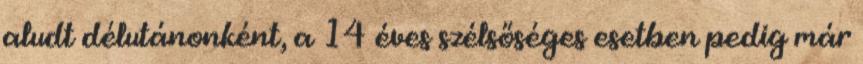
aludt délutánonként, a 14 éves szélsőséges esetben pedig már